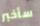
سأخبر